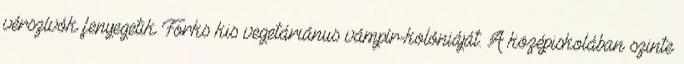
vérszívók fenyegetik Forks kis vegetáriánus vámpír-kolóniáját. A középiskolában szinte